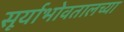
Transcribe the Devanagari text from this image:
सूर्याभोवतालच्या